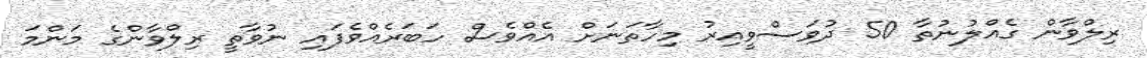
ރިލްވާން ގެއްލުނުތާ 50 ދުވަސްވީއިރު މިހާތަނަށް އެއްވެސް ހަބަރެއްވެފައި ނުވާތީ ރިލްވާންގެ މަންމަ